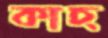
কাচ্‌